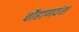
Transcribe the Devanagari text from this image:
चौहाणवंश